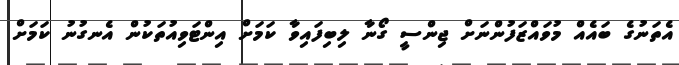
އެތަނުގެ ބައެއް މުވައްޒަފުންނަށް ޖިންސީ ގޯނާ ލިބިފައިވާ ކަމަށް އިންޓަވިއުތަކުން އެނގުނު ކަމަށް